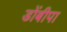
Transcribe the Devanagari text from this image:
डोंबीपा